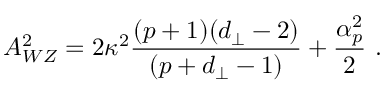
{ \cal A } _ { W Z } ^ { 2 } = 2 \kappa ^ { 2 } \frac { ( p + 1 ) ( d _ { \perp } - 2 ) } { ( p + d _ { \perp } - 1 ) } + \frac { \alpha _ { p } ^ { 2 } } { 2 } \ .